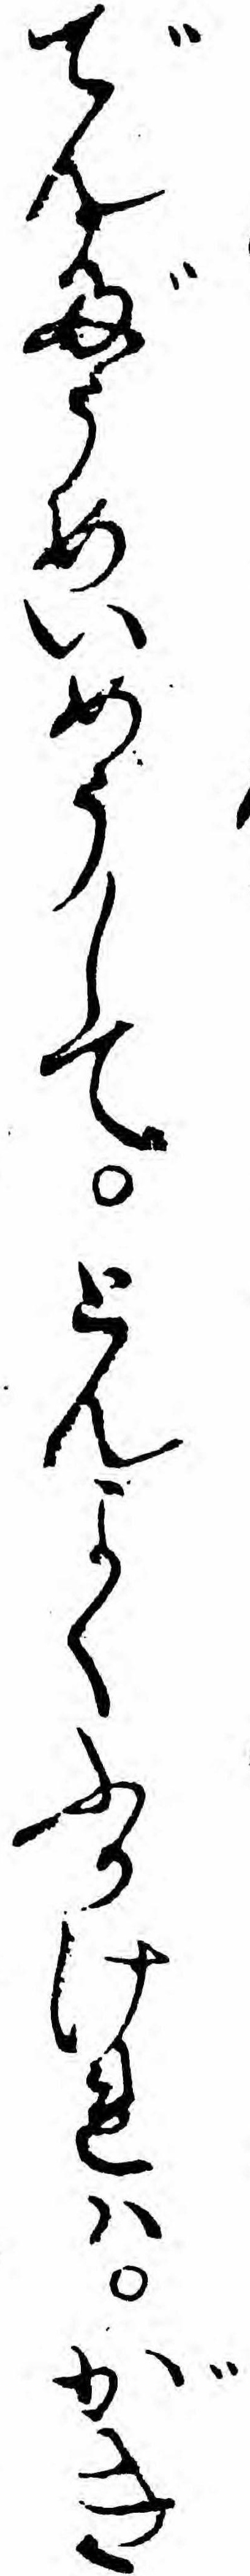
でんだうめいめうしてとんよくふかけれハがき